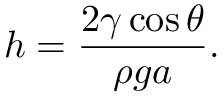
h = { \frac { 2 \gamma \cos \theta } { \rho g a } } .